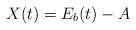
LaTeX: \begin{align*}X(t)= E_b(t)-A\end{align*}